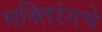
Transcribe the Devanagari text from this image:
भक्तिरंगचे